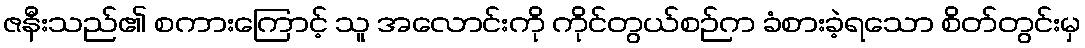
ဇနီးသည်၏ စကားကြောင့် သူ အလောင်းကို ကိုင်တွယ်စဉ်က ခံစားခဲ့ရသော စိတ်တွင်းမှ